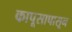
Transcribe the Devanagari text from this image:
कापूसापासून